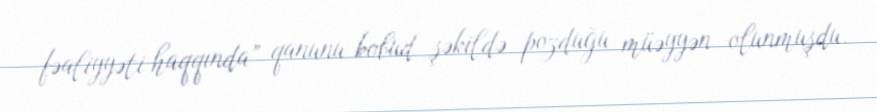
fəaliyyəti haqqında” qanunu kobud şəkildə pozduğu müəyyən olunmuşdu.